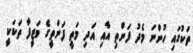
ތަކުގައި ހުންނަ މެދު ފަންތި އާއި އަދި މަތީ ފަންތީގެ ވަޒީފާ ތަކަކީ